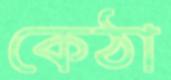
কেঠা